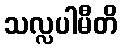
သလ္လပါမီတိ